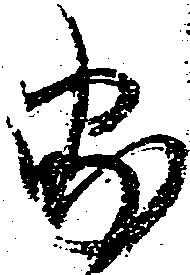
家